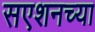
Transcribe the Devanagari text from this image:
सएशनच्या